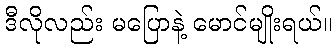
ဒီလိုလည်း မပြောနဲ့ မောင်မျိုးရယ်။